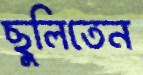
ছুলিতেন